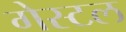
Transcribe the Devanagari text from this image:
गेस्टल